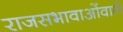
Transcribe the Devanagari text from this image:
राजसभावाओंवाले